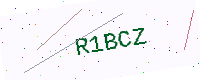
Text: R1BCZ